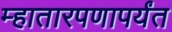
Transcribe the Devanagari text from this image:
म्हातारपणापर्यंत